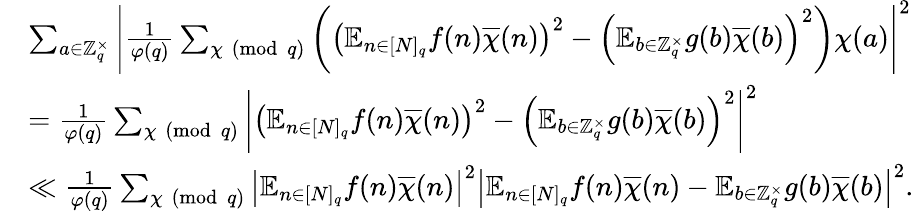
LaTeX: \begin{array}{r}{\begin{array}{rl}&{\sum_{a\in\mathbb{Z}_{q}^{\times}}\left|\frac{1}{\varphi(q)}\sum_{\chi\pmod{q}}\left(\left(\mathbb{E}_{n\in[N]_{q}}f(n)\overline{{\chi}}(n)\right)^{2}-\left(\mathbb{E}_{b\in\mathbb{Z}_{q}^{\times}}g(b)\overline{{\chi}}(b)\right)^{2}\right)\chi(a)\right|^{2}}\\ &{=\frac{1}{\varphi(q)}\sum_{\chi\pmod{q}}\left|\left(\mathbb{E}_{n\in[N]_{q}}f(n)\overline{{\chi}}(n)\right)^{2}-\left(\mathbb{E}_{b\in\mathbb{Z}_{q}^{\times}}g(b)\overline{{\chi}}(b)\right)^{2}\right|^{2}}\\ &{\ll\frac{1}{\varphi(q)}\sum_{\chi\pmod{q}}\left|\mathbb{E}_{n\in[N]_{q}}f(n)\overline{{\chi}}(n)\right|^{2}\left|\mathbb{E}_{n\in[N]_{q}}f(n)\overline{{\chi}}(n)-\mathbb{E}_{b\in\mathbb{Z}_{q}^{\times}}g(b)\overline{{\chi}}(b)\right|^{2}.}\end{array}}\end{array}